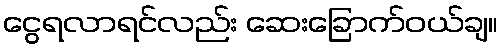
ငွေရလာရင်လည်း ဆေးခြောက်ဝယ်ချ။